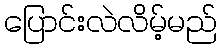
ပြောင်းလဲလိမ့်မည်